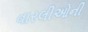
વારલીઓની